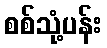
စစ်သုံ့ပန်း